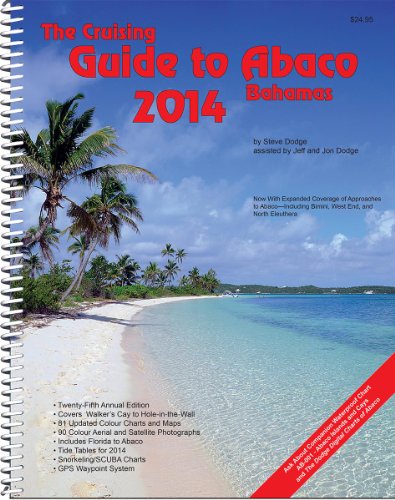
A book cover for The Cruising Guide To Abaco, Bahamas: 2014; Steve Dodge; Travel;